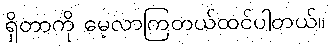
ရှိတာကို မေ့လာကြတယ်ထင်ပါတယ်။